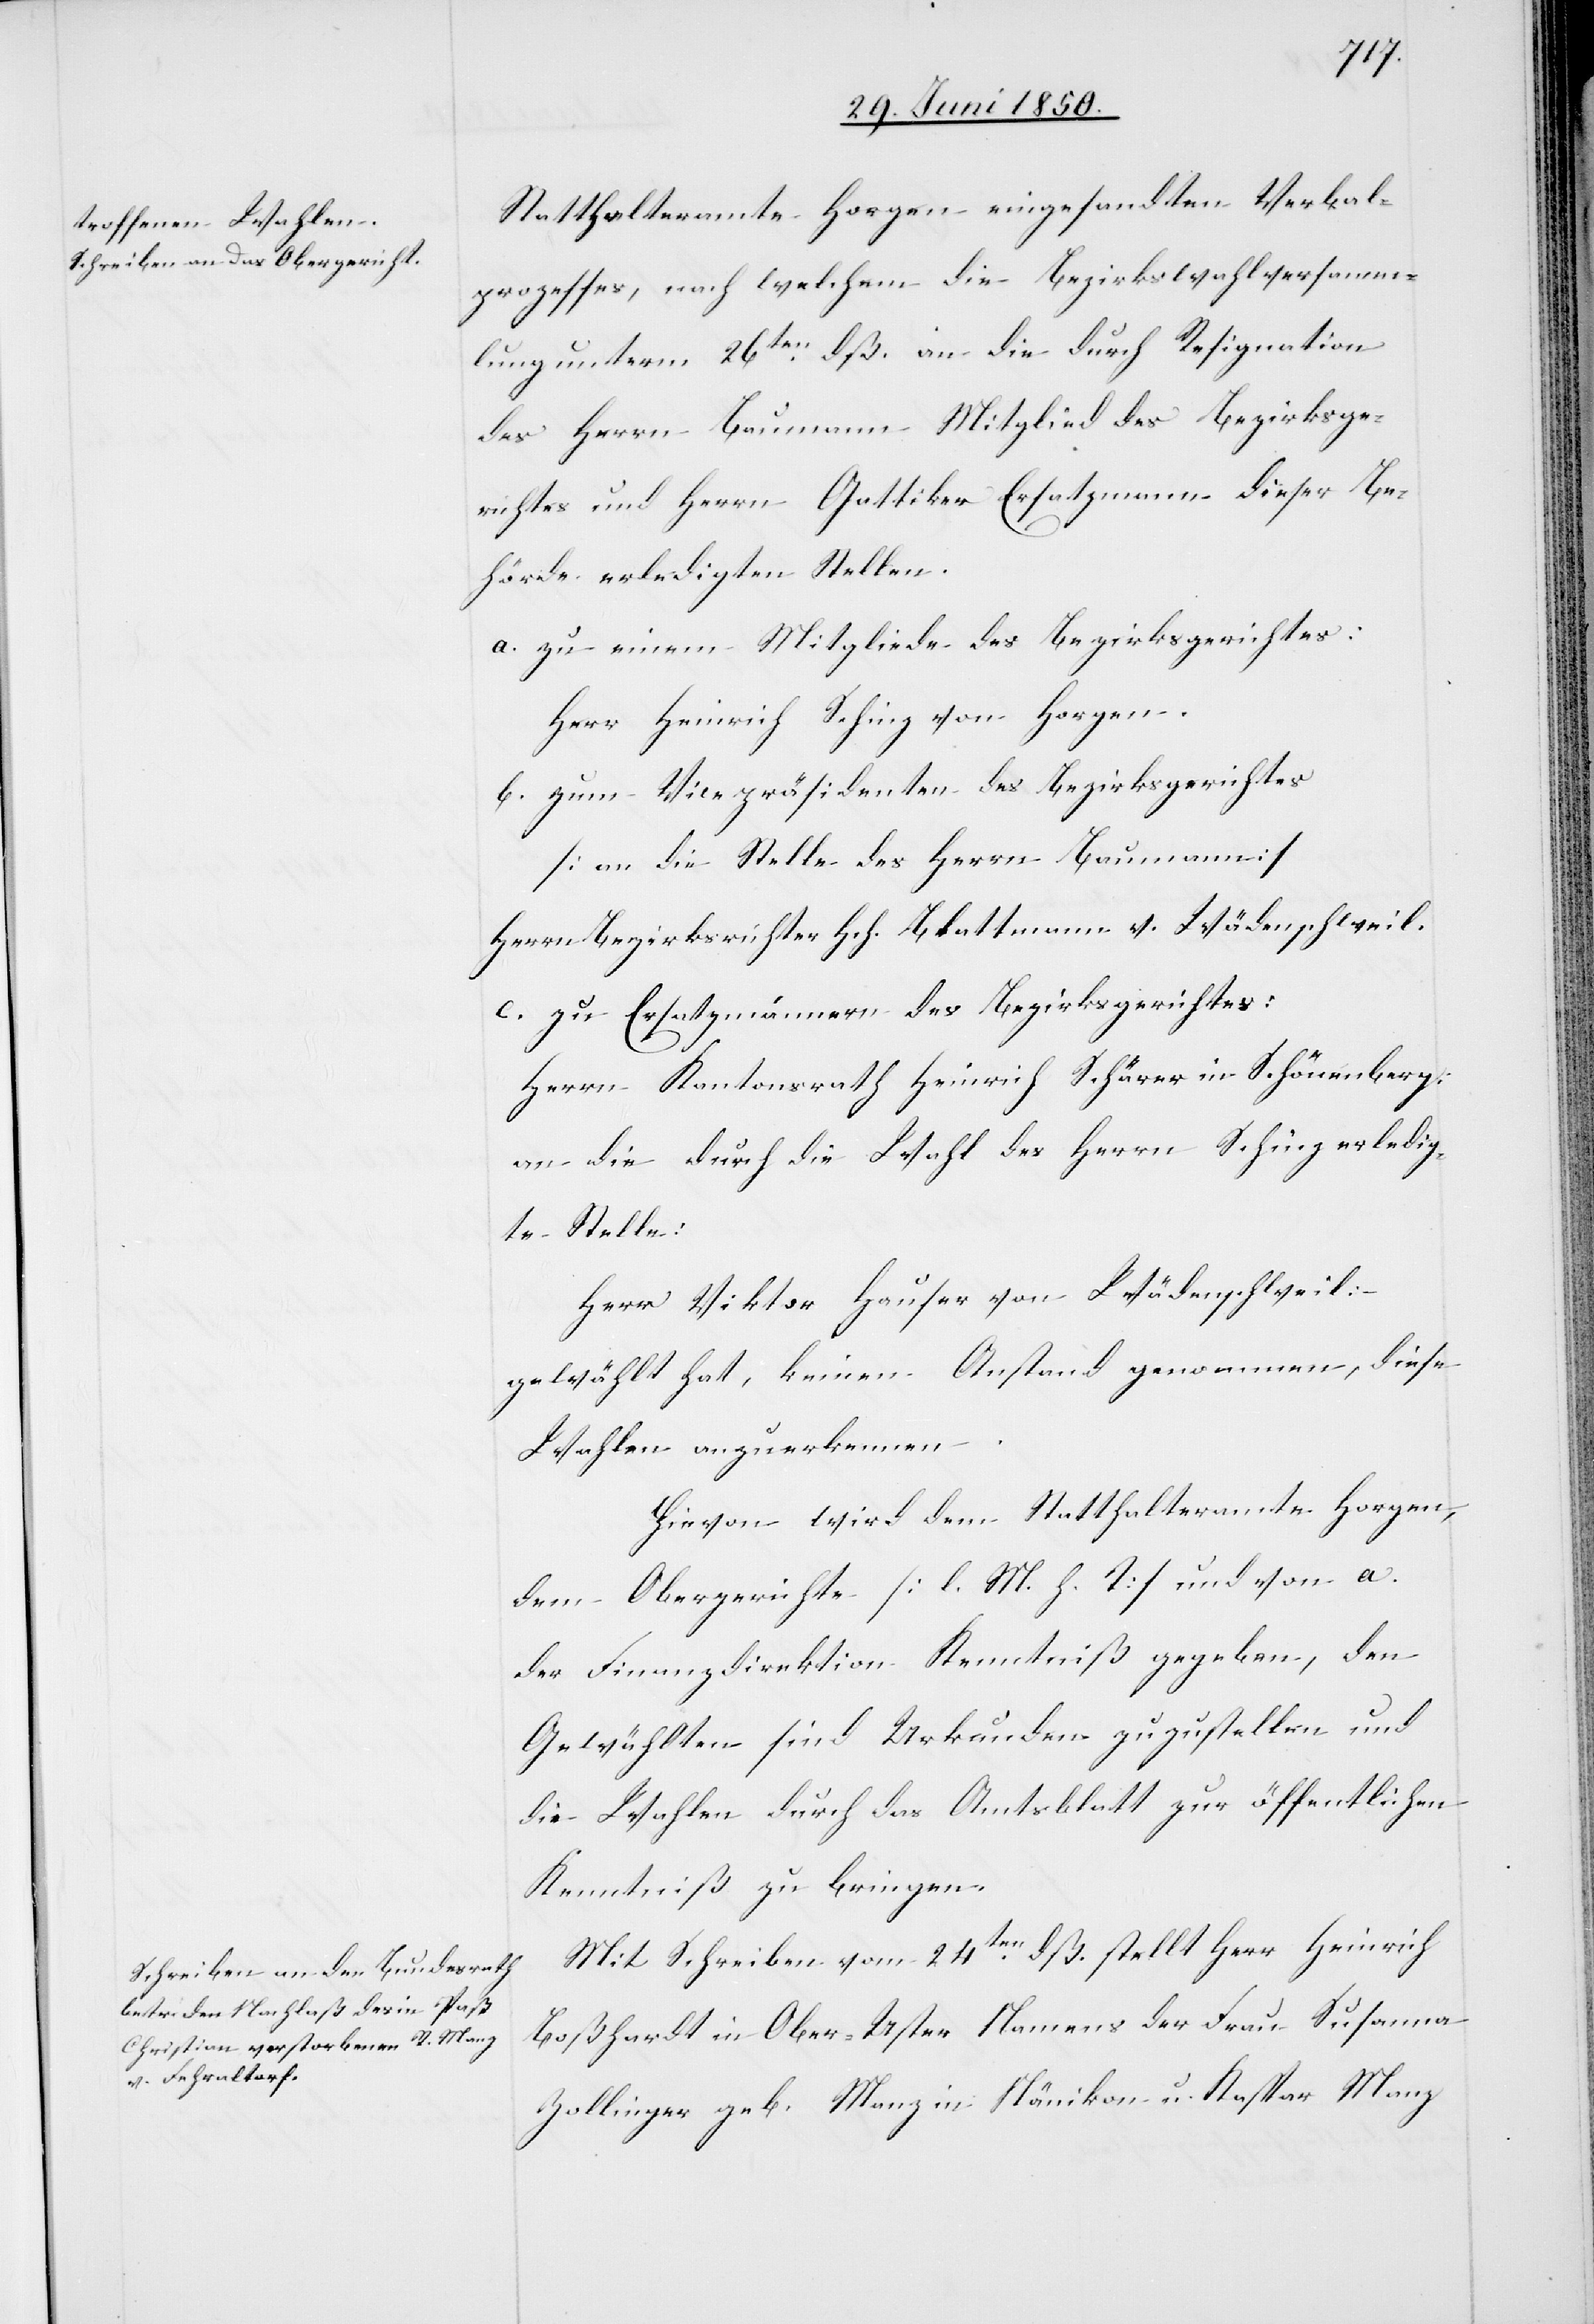
Statthalteramte Horgen eingesandten Verbal¬
prozesses, nach welchem die Bezirkswahlversamm¬
lung unterm 26ten dß. an die durch Resignation
des Herrn Baumann Mitglied des Bezirksge¬
richtes und Herrn Gattiker Ersatzmann dieser Be¬
hörde erledigten Stellen.
a. zu einem Mitgliede des Bezirksgerichtes:
Herr Heinrich Schinz von Horgen.
b. zum Vicepräsidenten des Bezirksgerichtes
[an die Stelle des Herrn Baumann]
Herrn Bezirksrichter H. H. Blattmann v. Wädenschweil.
c. zu Ersatzmännern des Bezirksgerichtes:
Herrn Kantonsrath Heinrich Schärer in Schönenberg.
an die durch die Wahl des Herrn Schinz erledig¬
te Stelle:
Herr Viktor Hauser von Wädenschweil:
gewählt hat, keinen Anstand genommen, diese
Wahlen anzuerkennen.
Hievon wird dem Statthalteramte Horgen,
dem Obergerichte [l. M. h. T] und von a.
der Finanzdirektion Kenntniß gegeben, den
Gewählten sind Urkunden zuzustellen und
die Wahlen durch das Amtsblatt zur öffentlichen
Kenntniß zu bringen.
Mit Schreiben vom 24ten dß. stellt Herr Heinrich
Boßhardt in Ober-Uster Namens der Frau Susanna
Zollinger geb. Manz in Nänikon u. Kaspar Manz